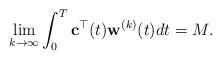
LaTeX: \begin{align*}{}\lim_{k\rightarrow\infty}\int_{0}^{T}{\bf c}^{\top}(t){\bf w}^{(k)}(t)dt=M.\end{align*}